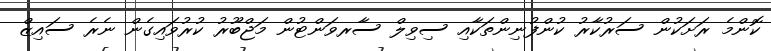
ކޮންމެ ރަށަކުން ސަރުކާރު ކުންފުނިންތަކާއި ސިވިލް ސާރވަންޓުން މަޖްބޫރު ކުރުވައިގެން ނެރެ ސައިޒް